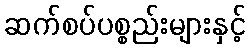
ဆက်စပ်ပစ္စည်းများနှင့်